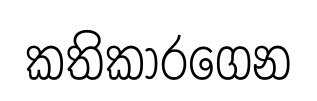
කතිකාරගෙන